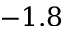
- 1 . 8